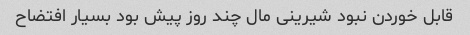
قابل خوردن نبود شیرینی مال چند روز پیش بود بسیار افتضاح